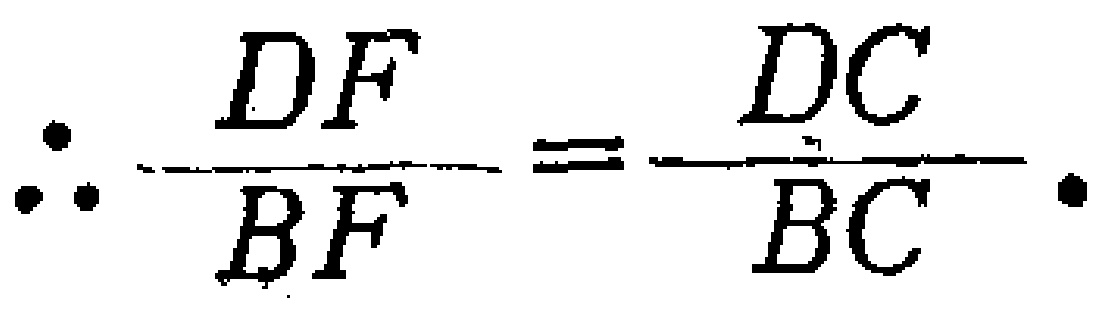
\(\therefore \dfrac{DF}{BF}=\dfrac{DC}{BC}.\)